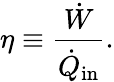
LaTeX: \eta\equiv\frac{\dot{W}}{\dot{Q}_{\mathrm{in}}}.